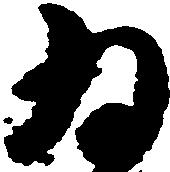
為